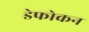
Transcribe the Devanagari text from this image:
डेफोकन